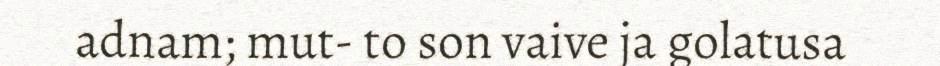
adnam; mut- to son vaive ja golatusa